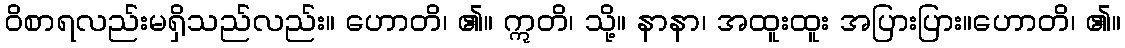
ဝိစာရလည်းမရှိသည်လည်း။ ဟောတိ၊ ၏။ ဣတိ၊ သို့။ နာနာ၊ အထူးထူး အပြားပြား။ဟောတိ၊ ၏။